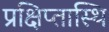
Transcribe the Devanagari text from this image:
प्रक्षिप्तास्थि